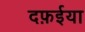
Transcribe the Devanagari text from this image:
दफ़ईया